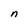
Character: n